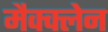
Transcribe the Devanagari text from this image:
मैक्क्लेन